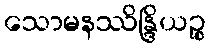
သောမနဿိန္ဒြိယဉ္စ